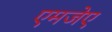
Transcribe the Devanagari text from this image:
एमजेए